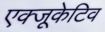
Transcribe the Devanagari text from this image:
एक्‍जूकेटिव